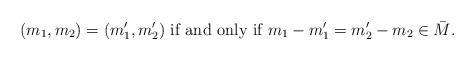
LaTeX: \begin{align*}(m_1,m_2)=(m_1',m_2') \mbox{ if and only if } m_1-m_1'=m_2'-m_2\in \bar M.\end{align*}